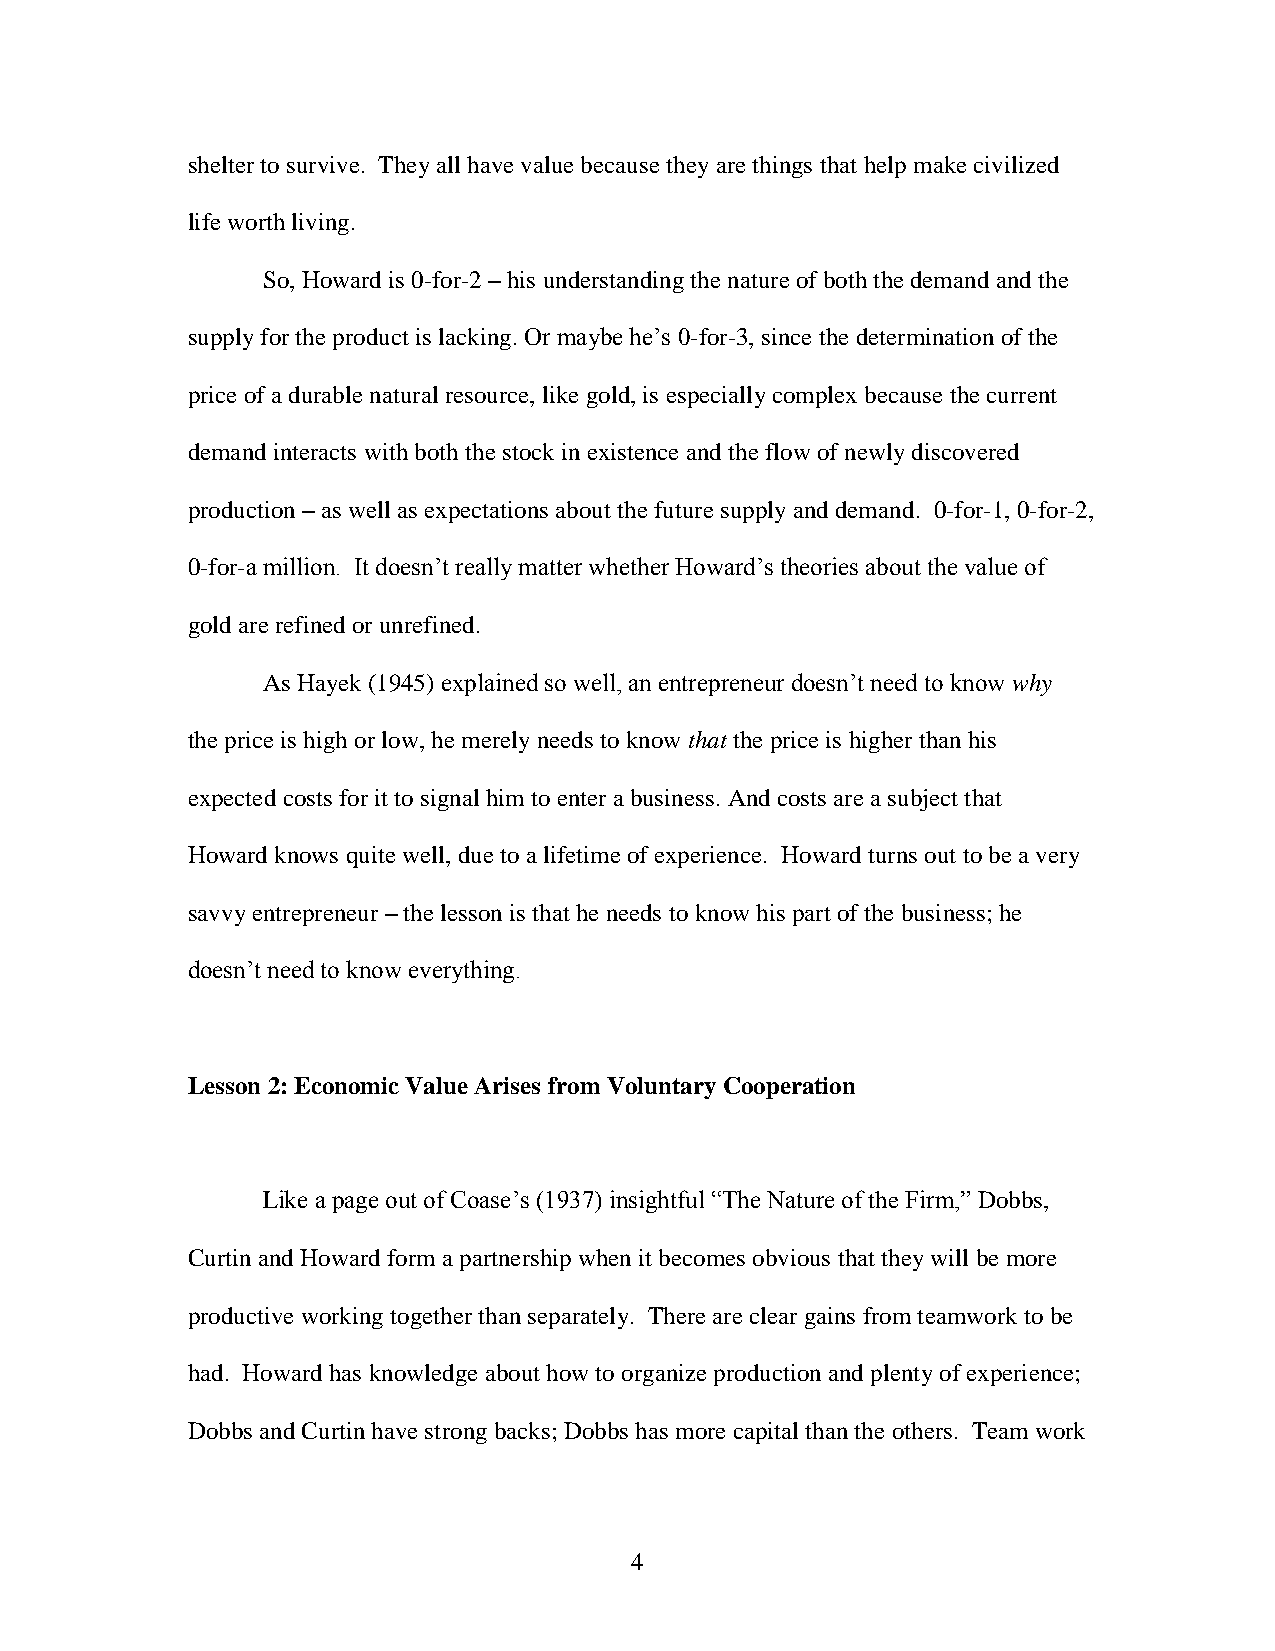
shelter to survive. They all have value because they are things that help make civilized
 life worth living.
 So, Howard is 0-for-2 – his understanding the nature of both the demand and the
 supply for the product is lacking. Or maybe he’s 0-for-3, since the determination of the
 price of a durable natural resource, like gold, is especially complex because the current
 demand interacts with both the stock in existence and the flow of newly discovered
 production – as well as expectations about the future supply and demand. 0-for-1, 0-for-2,
 0-for-a million. It doesn’t really matter whether Howard’s theories about the value of
 gold are refined or unrefined.
 As Hayek (1945) explained so well, an entrepreneur doesn’t need to know why
 the price is high or low, he merely needs to know that the price is higher than his
 expected costs for it to signal him to enter a business. And costs are a subject that
 Howard knows quite well, due to a lifetime of experience. Howard turns out to be a very
 savvy entrepreneur – the lesson is that he needs to know his part of the business; he
 doesn’t need to know everything.
 Lesson 2: Economic Value Arises from Voluntary Cooperation
 Like a page out of Coase’s (1937) insightful “The Nature of the Firm,” Dobbs,
 Curtin and Howard form a partnership when it becomes obvious that they will be more
 productive working together than separately. There are clear gains from teamwork to be
 had. Howard has knowledge about how to organize production and plenty of experience;
 Dobbs and Curtin have strong backs; Dobbs has more capital than the others. Team work
 4